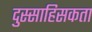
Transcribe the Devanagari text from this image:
दुस्साहिसकता